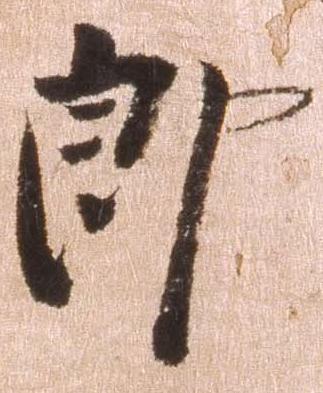
郎